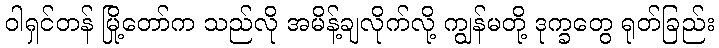
ဝါရှင်တန် မြို့တော်က သည်လို အမိန့်ချလိုက်လို့ ကျွန်မတို့ ဒုက္ခတွေ ရုတ်ခြည်း